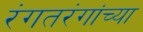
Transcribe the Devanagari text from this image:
रंगतरंगांच्या